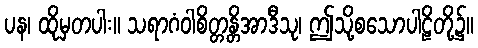
ပန၊ ထိုမှတပါး။ သရာဂံဝါစိတ္တန္တိအာဒီသု၊ ဤသို့စသောပါဠိတို့၌။